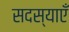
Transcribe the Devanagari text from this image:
सदस्याएँ